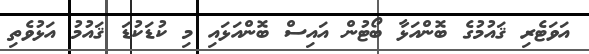
އަވަޓެރި ޤައުމުގެ ބޮންއަޅާ ބޯޓުން އައިސް ބޮންއަޅައި މި ކުޑަކުޑަ ޤައުމު އަޅުވެތި